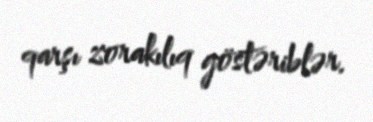
qarşı zorakılıq göstəriblər.